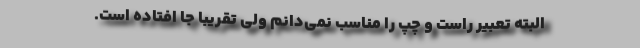
البته تعبیر راست و چپ را مناسب نمی‌دانم ولی تقریبا جا افتاده است.